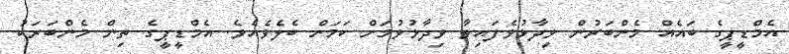
އެމްޑީޕީގެ ބައެއް މެންބަރުން ވިދާޅުވެފައިވާ ވިދާޅުވުމަށް ކަމަށް ބެލެވެއެވެ. އެމްޑީޕީގެ ތިން މެންބަަރަކު